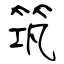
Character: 筑